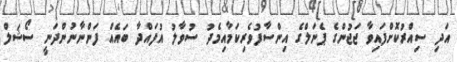
އަދި ސިއްރުކޮށްފައިވާ ޖަޖުންގެ ޕެނަލްގެ އިންސާފުވެރިކަމާއިމެދު ސުވާލު އުފައްދާ ބައެއް ފަންނާނުންދަނީ ސޯޝަލް